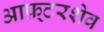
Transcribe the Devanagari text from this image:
आफ़्टरशेव